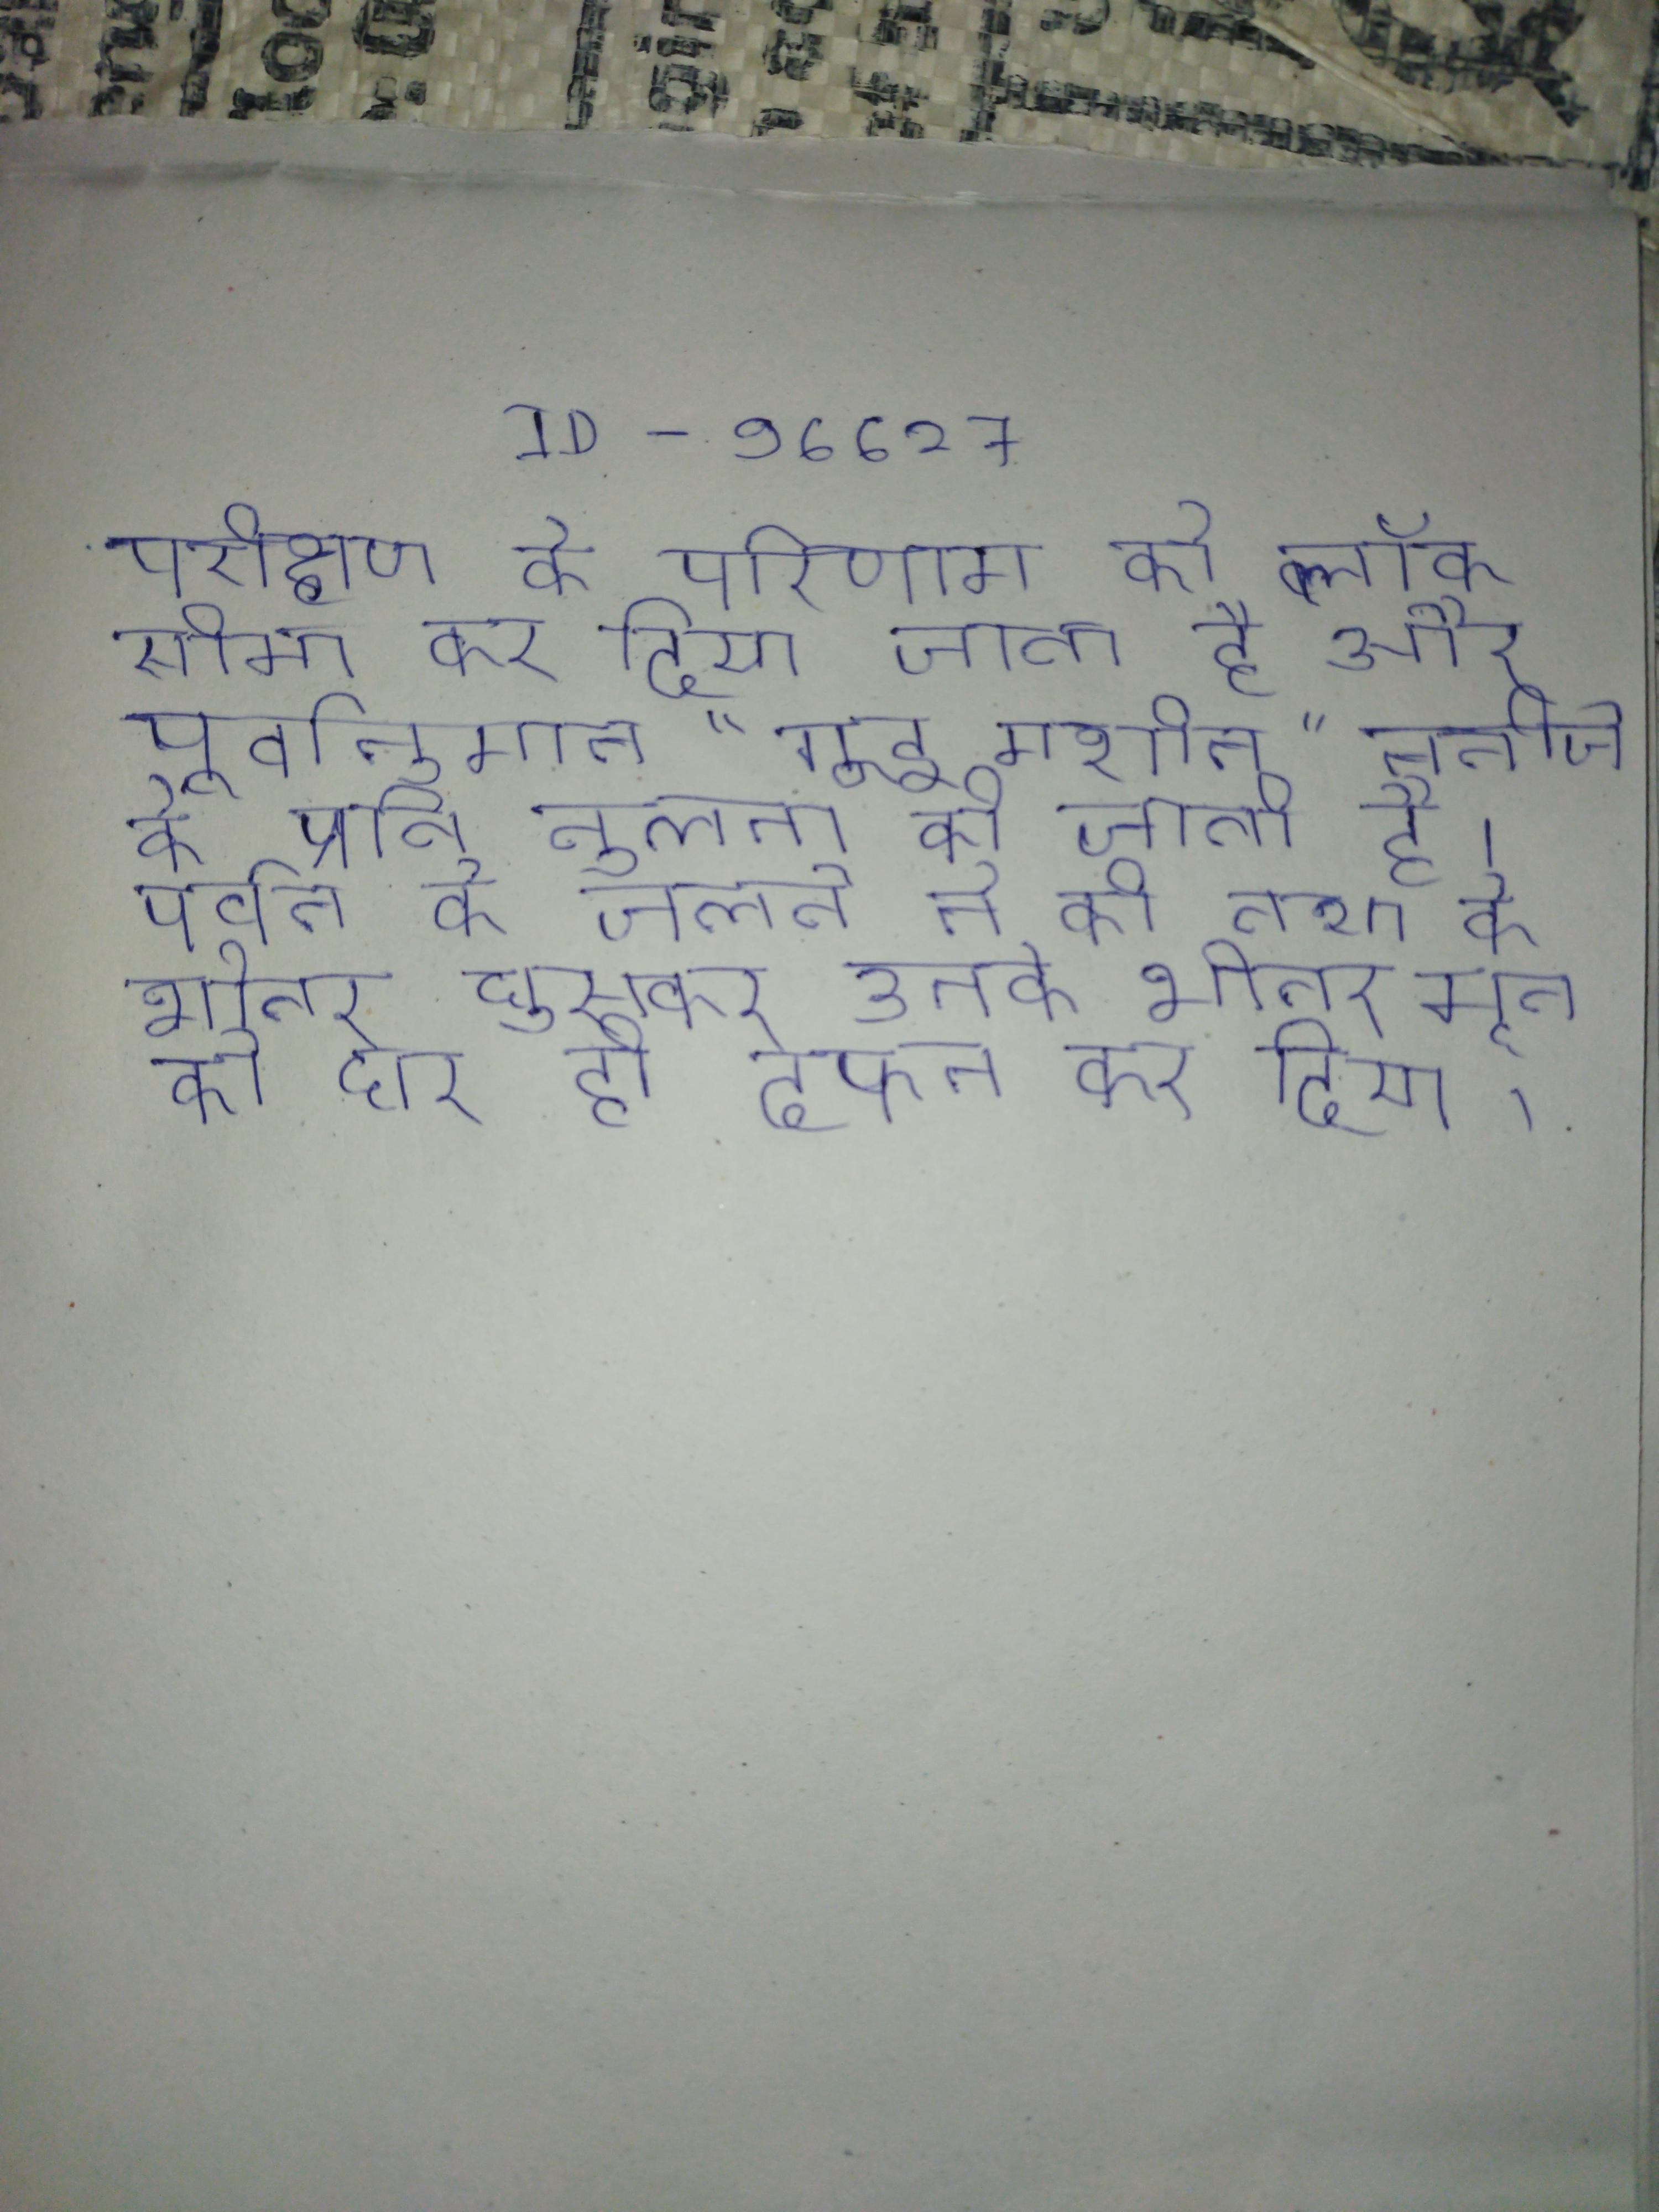
परीक्षण के परिणाम को ब्लॉक सीमा कर दिया जाता है और पूर्वानुमान "गुड मशीन" नतीजे के प्रति तुलना की जाती है । पर्वत के जलते ने की तथा के भीतर घुसकर उनके भीतर मृत को घर ही दफन कर दिया ।